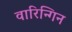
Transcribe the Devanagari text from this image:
वारिन्गिन